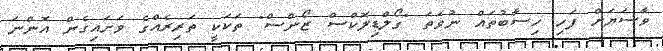
ވާސަޔަށް ފަހި ހިސާބުތައް ނުވަތަ "ގޯލްޑިލޮކްސް ޒޯންސް" ތަކަކީ ތަރިރެއްގެ ވަށައިގެން އޮންނަ